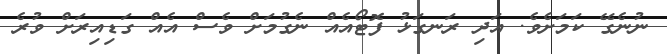
ނުނެގޭ ކަމަށެވެ. އަދި ރަނގަޅު ފޮޓޯއެއް ނެގުމަށް ވެސް އެއް ގަޑިއިރަށް ވުރެ